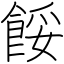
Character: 餒